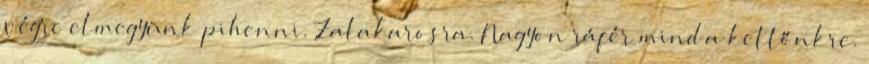
végre elmegyünk pihenni. Zalakarosra. Nagyon ráfér mind a kettőnkre.